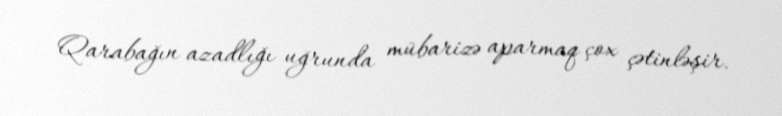
Qarabağın azadlığı uğrunda mübarizə aparmaq çox çətinləşir.